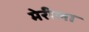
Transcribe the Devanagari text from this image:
मेरीला